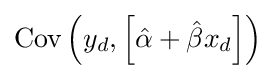
\operatorname {Cov} \left(y_{d},\left[{\hat {\alpha }}+{\hat {\beta }}x_{d}\right]\right)